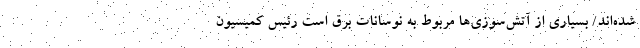
شده‌اند/ بسیاری از آتش‌سوزی‌ها مربوط به نوسانات برق است رئیس کمیسیون